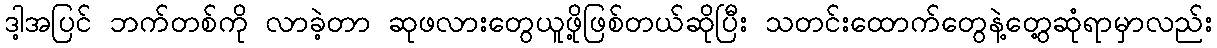
ဒါ့အပြင် ဘက်တစ်ကို လာခဲ့တာ ဆုဖလားတွေယူဖို့ဖြစ်တယ်ဆိုပြီး သတင်းထောက်တွေနဲ့တွေ့ဆုံရာမှာလည်း